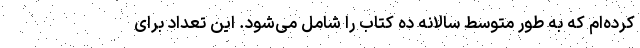
کرده‌ام که به طور متوسط سالانه ده کتاب را شامل می‌شود. این تعداد برای